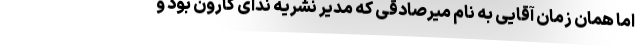
اما همان زمان آقایی به نام میرصادقی که مدیر نشریه ندای کارون بود و